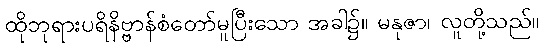
ထိုဘုရားပရိနိဗ္ဗာန်စံတော်မူပြီးသော အခါ၌။ မနုဇာ၊ လူတို့သည်။